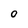
Character: O